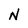
Character: N